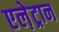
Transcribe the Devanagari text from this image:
एले़ट्रान